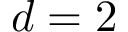
d = 2